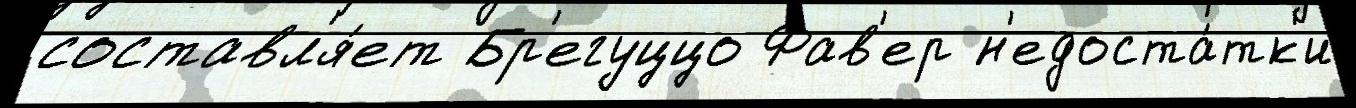
составл'я́ет Бр'егуццо Фав'ер н'едоста́тк'и